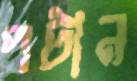
পটান